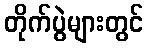
တိုက်ပွဲများတွင်